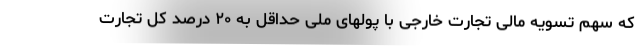
که سهم تسویه مالی تجارت خارجی با پولهای ملی حداقل به ۲۰ درصد کل تجارت